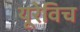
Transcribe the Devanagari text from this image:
यूरेविच